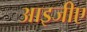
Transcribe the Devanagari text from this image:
आइजीए